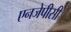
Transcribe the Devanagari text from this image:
एनजेपीसी